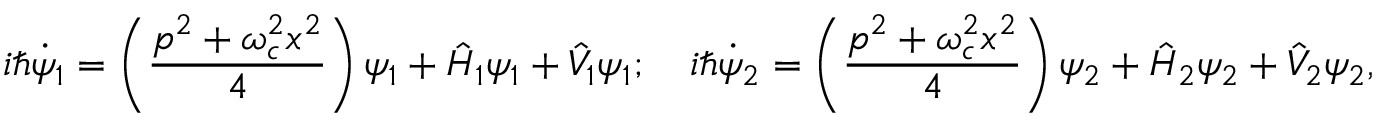
i \hbar \dot { \psi } _ { 1 } = \left( \frac { p ^ { 2 } + \omega _ { c } ^ { 2 } x ^ { 2 } } { 4 } \right) \psi _ { 1 } + \hat { H } _ { 1 } \psi _ { 1 } + \hat { V } _ { 1 } \psi _ { 1 } ; \quad i \hbar \dot { \psi } _ { 2 } = \left( \frac { p ^ { 2 } + \omega _ { c } ^ { 2 } x ^ { 2 } } { 4 } \right) \psi _ { 2 } + \hat { H } _ { 2 } \psi _ { 2 } + \hat { V } _ { 2 } \psi _ { 2 } ,